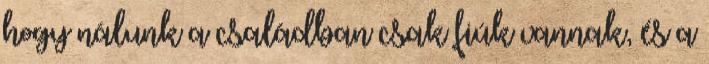
hogy nálunk a családban csak fiúk vannak, és a